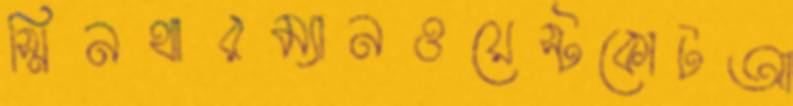
স্মিনথারম্যানওয়েস্টকোটআ